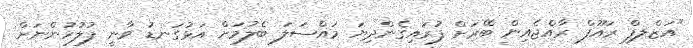
"އަޒްލފް ރައޫފް ރާއްޖެއިން ބޭރަށް ފުރައިގެންދިޔަ މައްސަލަ ބެލުމަށް އަޅުގަނޑު ވާނީ ފުލުހުންނަށް